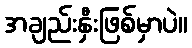
အချည်းနှီးဖြစ်မှာပဲ။